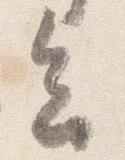
会